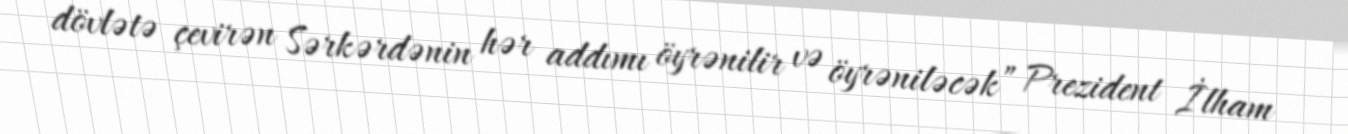
dövlətə çevirən Sərkərdənin hər addımı öyrənilir və öyrəniləcək” Prezident İlham